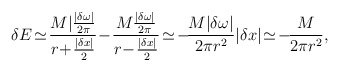
\begin{align*}\delta E\!\simeq\!{M|{|\delta\omega|\over2\pi}\over r\!+\!{|\delta x|\over2}}\!-\!{M{|\delta\omega|\over2\pi}\over r\!-\!{|\delta x|\over2}}\!\simeq\!-\!{M|\delta\omega|\over 2\pi r^2}|\delta x|\!\simeq\!-\!{M\over 2\pi r^2},\end{align*}